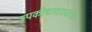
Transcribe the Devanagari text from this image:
उपकोषागारासाठी